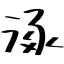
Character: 涿